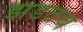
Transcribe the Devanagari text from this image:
झडतच